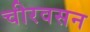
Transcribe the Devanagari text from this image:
चीरवसन